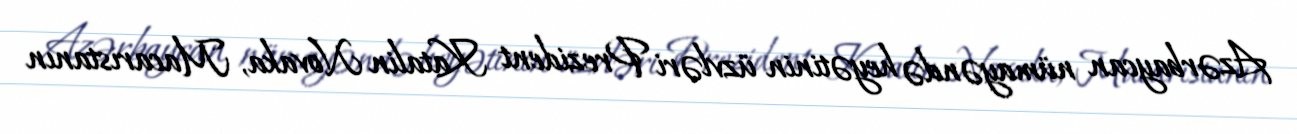
Azərbaycan nümayəndə heyətinin üzvləri Prezident Katalin Novaka, Macarıstanın